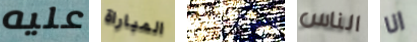
عليه المباراة استئجار الناس انا